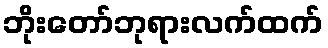
ဘိုးတော်ဘုရားလက်ထက်